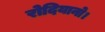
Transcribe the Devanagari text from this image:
रोदियानो।